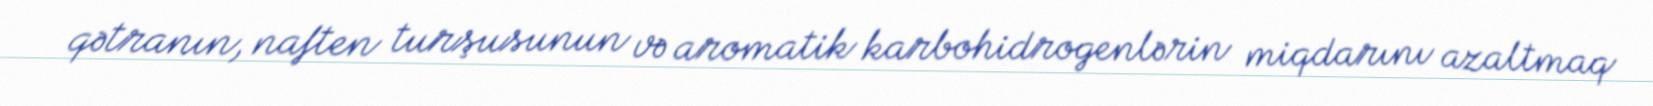
qətranın, naften turşusunun və aromatik karbohidrogenlərin miqdarını azaltmaq